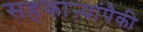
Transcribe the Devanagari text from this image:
सहकाऱ्यांपैकी